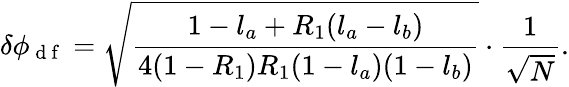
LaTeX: \delta\phi_{\mathrm{~d~f~}}=\sqrt{\frac{1-l_{a}+R_{1}(l_{a}-l_{b})}{4(1-R_{1})R_{1}(1-l_{a})(1-l_{b})}}\cdot\frac{1}{\sqrt{N}}.